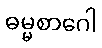
ဓမ္မစာဂေါ